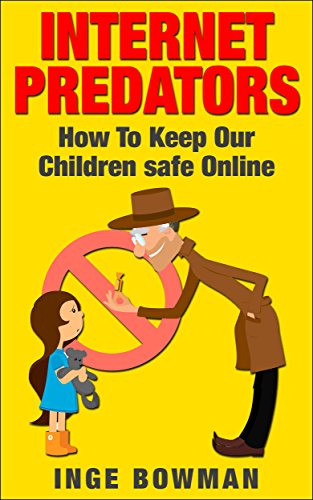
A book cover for INTERNET PREDATORS - How To Keep Our Children Safe Online (internet predators,,Safe Children,predators, Predators,Online Predators); Inge Bowman; Teen & Young Adult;